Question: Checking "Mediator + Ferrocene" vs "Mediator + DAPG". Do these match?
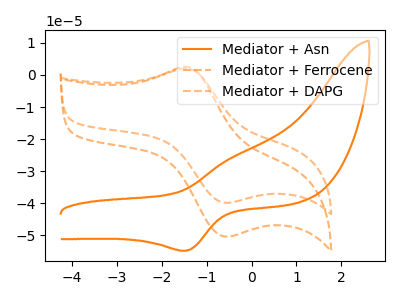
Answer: <think>The orange curve "Mediator + Asn" has an anodic peak at (-0.45V, -25.75uA) and a cathodic peak at (-1.45V, -54.80uA). The orange dashed curve "Mediator + Ferrocene" has an anodic peak at (-1.40V, 2.45uA) and a cathodic peak at (-0.55V, -50.40uA). The orange dashed curve "Mediator + DAPG" has an anodic peak at (-1.40V, 1.95uA) and a cathodic peak at (-0.55V, -39.85uA).
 All the peaks in "Mediator + Ferrocene" have a peak in "Mediator + DAPG" at the same potential. Every peak in "Mediator + Ferrocene" is higher than every peak in "Mediator + DAPG".</think>
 <answer>"Mediator + Ferrocene" and "Mediator + DAPG" are similar in shape.</answer>
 <eval>same_shape</eval>